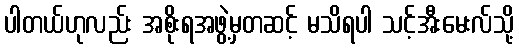
ပါတယ်ဟုလည်း အစိုးရအဖွဲ့မှတဆင့် မသိရပါ သင့်အီးမေးလ်သို့